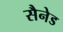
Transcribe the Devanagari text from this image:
सैनेड